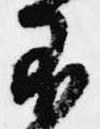
不